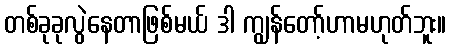
တစ်ခုခုလွဲနေတာဖြစ်မယ် ဒါ ကျွန်တော့်ဟာမဟုတ်ဘူး။